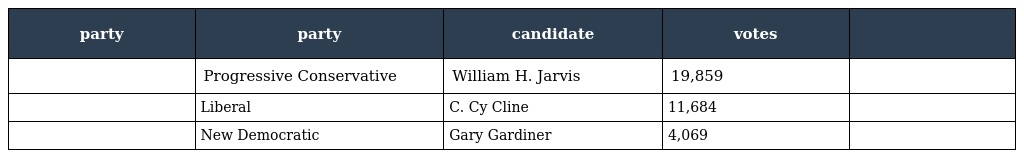
| party | party | candidate | votes |  |
 | --- | --- | --- | --- | --- |
 |  | Progressive Conservative | William H. Jarvis | 19,859 |  |
 |  | Liberal | C. Cy Cline | 11,684 |  |
 |  | New Democratic | Gary Gardiner | 4,069 |  |